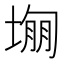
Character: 𡎾